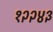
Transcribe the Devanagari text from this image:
१२२४३